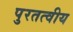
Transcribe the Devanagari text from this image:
पुरतत्वीय